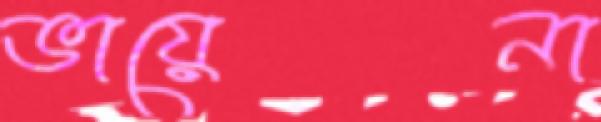
ভায়েনা